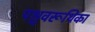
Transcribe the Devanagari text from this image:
पश्चवरूथिका